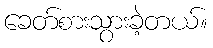
ခေတ်စားသွားခဲ့တယ်။